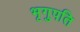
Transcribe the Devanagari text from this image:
भृगुपति